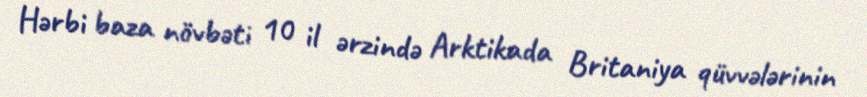
Hərbi baza növbəti 10 il ərzində Arktikada Britaniya qüvvələrinin